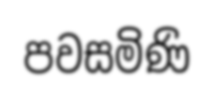
පවසමිණි